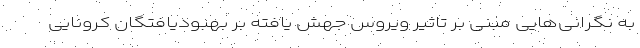
به نگرانی‌هایی مبنی بر تاثیر ویروس جهش یافته بر بهبودیافتگان کرونایی